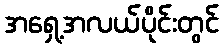
အရှေ့အလယ်ပိုင်းတွင်